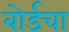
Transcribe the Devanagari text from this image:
बोर्डचा